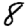
Digit: 8